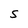
Character: S